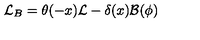
{ \cal L } _ { B } = \theta ( - x ) { \cal L } - \delta ( x ) { \cal B } ( \phi )